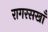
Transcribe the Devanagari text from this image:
रागरसखाँ